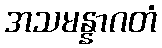
အသမန္နာဂတံ